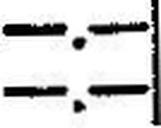
—.—